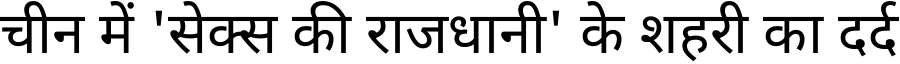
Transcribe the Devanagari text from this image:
चीन में 'सेक्स की राजधानी' के शहरी का दर्द